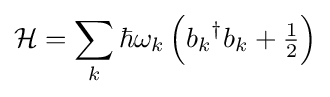
{\mathcal {H}}=\sum _{k}\hbar \omega _{k}\left({b_{k}}^{\dagger }b_{k}+{\tfrac {1}{2}}\right)